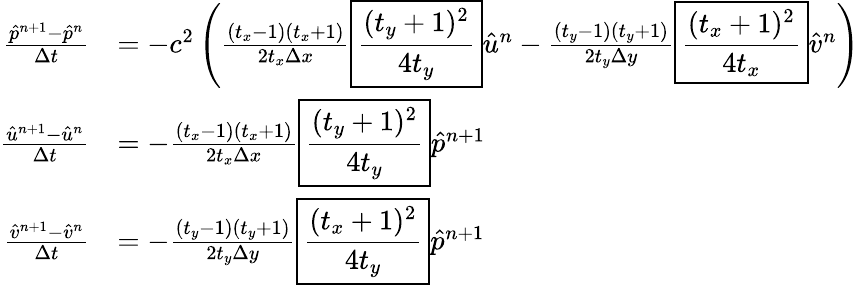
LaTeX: \begin{array}{rl}{\frac{\hat{p}^{n+1}-\hat{p}^{n}}{\Delta t}}&{=-c^{2}\left(\frac{(t_{x}-1)(t_{x}+1)}{2t_{x}\Delta x}\boxed{\frac{(t_{y}+1)^{2}}{4t_{y}}}\hat{u}^{n}-\frac{(t_{y}-1)(t_{y}+1)}{2t_{y}\Delta y}\boxed{\frac{(t_{x}+1)^{2}}{4t_{x}}}\hat{v}^{n}\right)}\\ {\frac{\hat{u}^{n+1}-\hat{u}^{n}}{\Delta t}}&{=-\frac{(t_{x}-1)(t_{x}+1)}{2t_{x}\Delta x}\boxed{\frac{(t_{y}+1)^{2}}{4t_{y}}}\hat{p}^{n+1}}\\ {\frac{\hat{v}^{n+1}-\hat{v}^{n}}{\Delta t}}&{=-\frac{(t_{y}-1)(t_{y}+1)}{2t_{y}\Delta y}\boxed{\frac{(t_{x}+1)^{2}}{4t_{y}}}\hat{p}^{n+1}}\end{array}